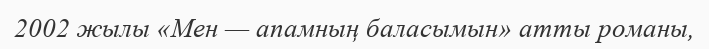
2002 жылы «Мен — апамның баласымын» атты романы,